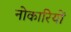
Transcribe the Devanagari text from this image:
नोकारियों